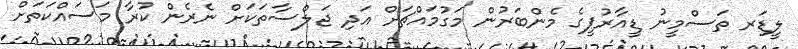
ލީޑަރ ތަސްމީނު ޑީއާރުޕީގެ މެންބަރުން މަގުމައްޗަށް އަދި ޖަލްސާތަކަށް ނެރެން ކުރާ މަސައްކަތަށް